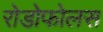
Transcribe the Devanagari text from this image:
रोडोफोलस